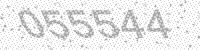
Solution: 055544